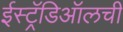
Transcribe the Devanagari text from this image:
ईस्ट्रॅडिऑलची